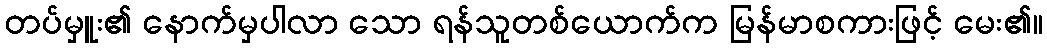
တပ်မှူး၏ နောက်မှပါလာ သော ရန်သူတစ်ယောက်က မြန်မာစကားဖြင့် မေး၏။